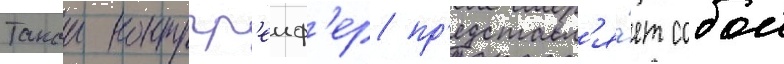
Такои контргр'еиф'ер пр'едставл'я́ет собои